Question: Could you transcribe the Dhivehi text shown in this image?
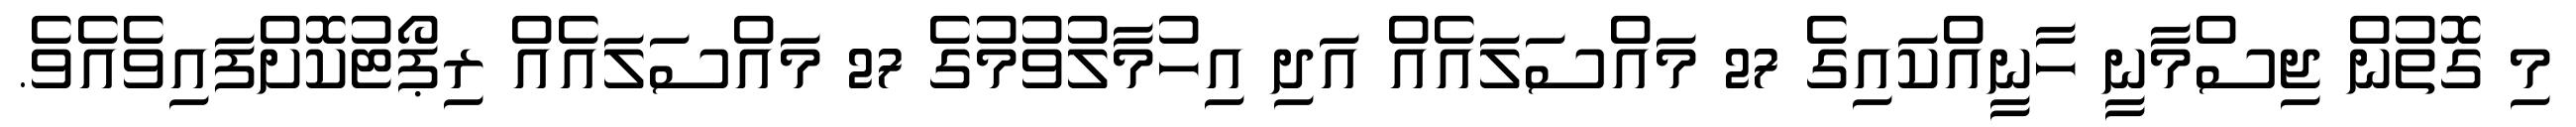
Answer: މި ގޮތުން ޖިސްމާނީ ހާނީއްކައިގެ 27 މައްސަލައެއް އަދި އިހުމާލުވުމުގެ 27 މައްސަލައެއް ރިޕޯޓުކޮށްފައިވެއެވެ.